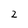
Character: 2